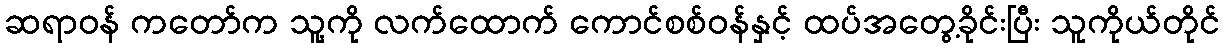
ဆရာဝန် ကတော်က သူ့ကို လက်ထောက် ကောင်စစ်ဝန်နှင့် ထပ်အတွေ့ခိုင်းပြီး သူကိုယ်တိုင်